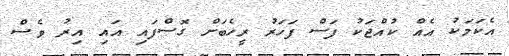
އެކަމަކު އެއް ކުއްޖަކު ފަސް ފަހަރު ރީހެބަށް ގޮސްފައި އައި އިރު ވެސް